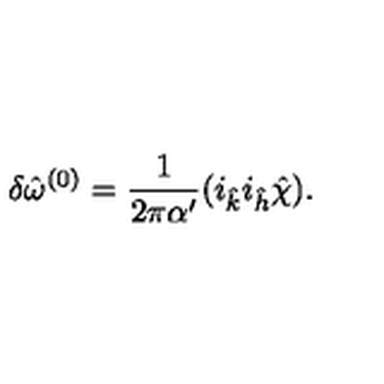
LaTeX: \delta { \hat { \omega } } ^ { ( 0 ) } = \frac { 1 } { 2 \pi \alpha ^ { \prime } } ( i _ { \hat { k } } i _ { \hat { h } } { \hat { \chi } } ) .